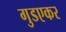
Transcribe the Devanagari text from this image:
गुडएकर